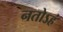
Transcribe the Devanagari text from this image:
नतोऽहं